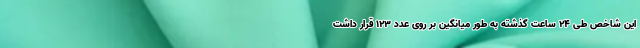
این شاخص طی ۲۴ ساعت گذشته به طور میانگین بر روی عدد ۱۲۳ قرار داشت